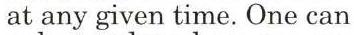
at any given time. One can